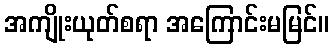
အကျိုးယုတ်စရာ အကြောင်းမမြင်။